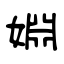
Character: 婣